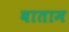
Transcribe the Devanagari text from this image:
वाताम